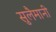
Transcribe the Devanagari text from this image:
सुलैमानी